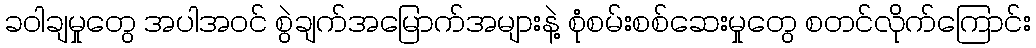
ခဝါချမှုတွေ အပါအဝင် စွဲချက်အမြောက်အများနဲ့ စုံစမ်းစစ်ဆေးမှုတွေ စတင်လိုက်ကြောင်း